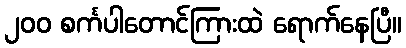
၂၀၀ စင်္ကပါတောင်ကြားထဲ ရောက်နေပြီ။